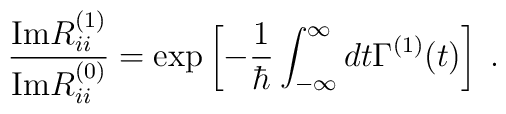
\frac{{\rm Im}R^{(1)}_{ii}}{{\rm Im}R^{(0)}_{ii}} = \exp\left[-\frac{1}{\hbar}\int_{-\infty}^\infty dt \Gamma^{(1)}(t) \right] \; .